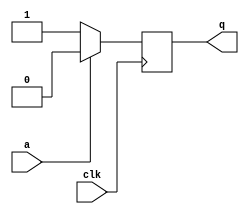
module top_module (
    input clk,
    input a,
    output q );
	
    always@(posedge clk)begin
        if(a == 1) q <= 0;
        else q <= 1;
    end
endmodule